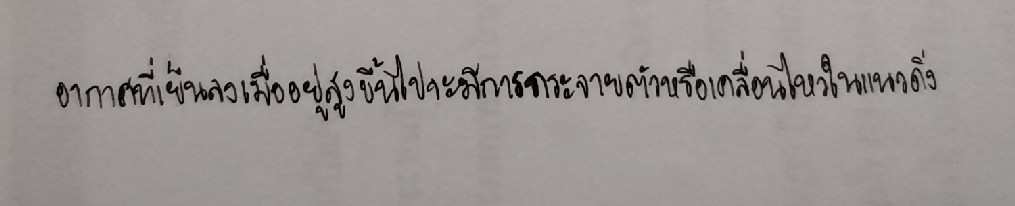
อากาศที่เย็นลงเมื่ออยู่สูงขึ้นไปจะมีการกระจายตัวหรือเคลื่อนไหวในแนวดิ่ง